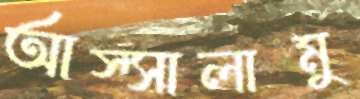
আস্সালামু